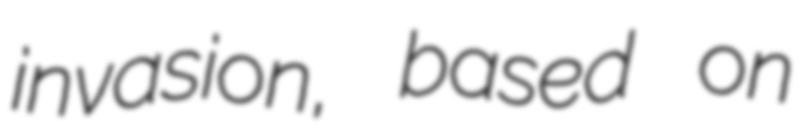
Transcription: invasion, based on